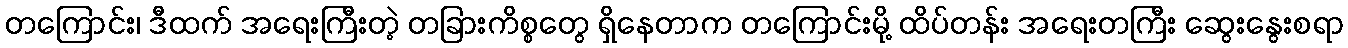
တကြောင်း၊ ဒီထက် အရေးကြီးတဲ့ တခြားကိစ္စတွေ ရှိနေတာက တကြောင်းမို့ ထိပ်တန်း အရေးတကြီး ဆွေးနွေးစရာ